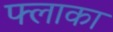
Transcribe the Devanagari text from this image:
फ्लाका